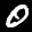
Label: 0